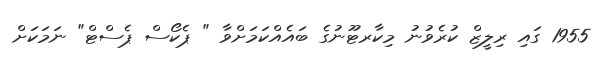
1955 ގައި ރިލީޒް ކުރެވުނު މިކާރޓޫނުގެ ބައެއްކަމަށްވާ " ޕެކޯސް ޕެސްޓް" ނަމަކަށް